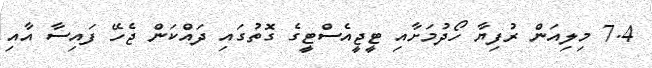
7.4 މިލިއަން ރުފިޔާ ހޯދުމަށާއި ޓީޖީއެސްޓީގެ ގޮތުގައި ދައްކަން ޖެހޭ ފައިސާ އާއި